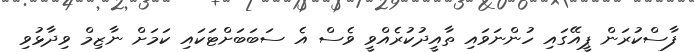
ފާސްކުރަން ޕީއޭގައި ހުންނަވައި ތާއީދުކުރެއްވީ ވެސް އެ ސަބަބަށްޓަކައި ކަމަށް ނާޒިމް ވިދާޅުވި